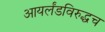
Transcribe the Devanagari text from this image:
आयर्लंडविरुद्धच